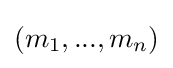
(m_{1},...,m_{n})